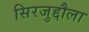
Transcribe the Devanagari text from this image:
सिरजुद्दौला